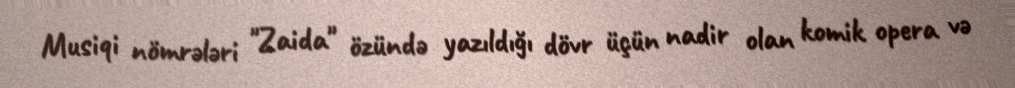
Musiqi nömrələri "Zaida" özündə yazıldığı dövr üçün nadir olan komik opera və